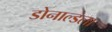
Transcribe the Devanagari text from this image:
डोनाल्डला